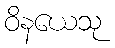
ဝိနယေသု